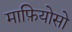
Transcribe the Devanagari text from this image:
माफ़ियोसो